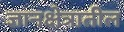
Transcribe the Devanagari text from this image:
ज्ञानक्षेत्रातील